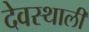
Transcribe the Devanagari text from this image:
देवस्थाली